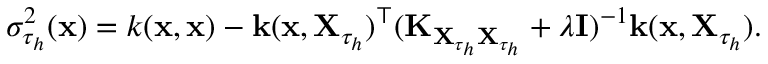
\sigma _ { \tau _ { h } } ^ { 2 } ( \mathbf { x } ) = k ( \mathbf { x } , \mathbf { x } ) - \mathbf { k } ( \mathbf { x } , \mathbf { X } _ { \tau _ { h } } ) ^ { \top } ( \mathbf { K } _ { \mathbf { X } _ { \tau _ { h } } \mathbf { X } _ { \tau _ { h } } } + \lambda \mathbf { I } ) ^ { - 1 } \mathbf { k } ( \mathbf { x } , \mathbf { X } _ { \tau _ { h } } ) .